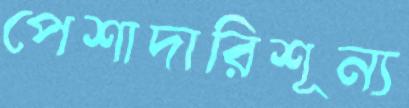
পেশাদারিশূন্য